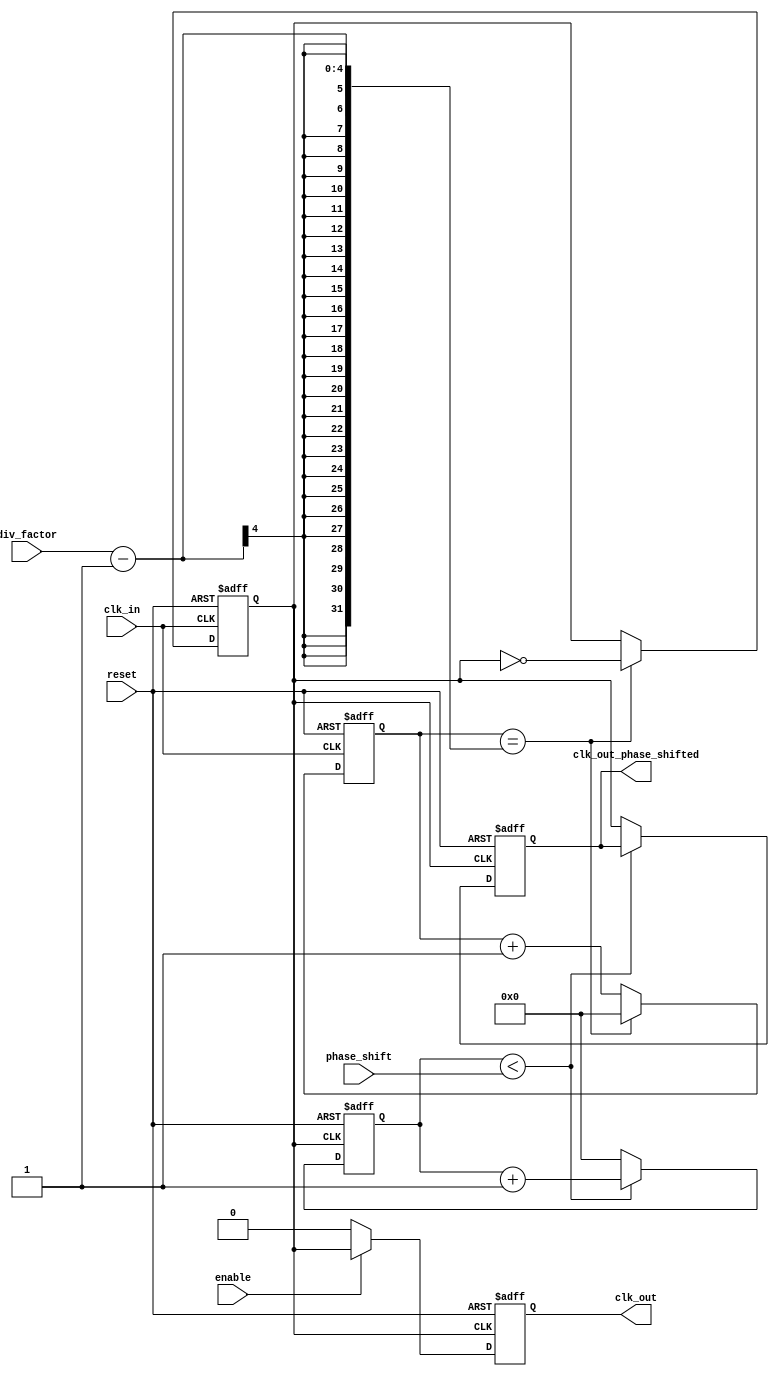
module ProgrammableClockBuffer (
    input wire clk_in,                // Input clock signal
    input wire reset,                 // Asynchronous reset
    input wire [3:0] div_factor,      // Division factor for clock division (1 to 15)
    input wire [3:0] phase_shift,     // Phase shift control (0 to 15)
    input wire enable,                // Enable signal for output
    output reg clk_out,               // Output clock signal
    output reg clk_out_phase_shifted  // Phase shifted output clock
);

    reg [3:0] counter;                // Counter for clock division
    reg clk_div;                      // Divided clock signal
    reg [3:0] phase_counter;          // Counter for phase shifting

    // Clock Division Logic
    always @(posedge clk_in or posedge reset) begin
        if (reset) begin
            counter <= 0;
            clk_div <= 0;
        end else begin
            if (counter == (div_factor - 1)) begin
                clk_div <= ~clk_div;     // Toggle divided clock
                counter <= 0;            // Reset counter
            end else begin
                counter <= counter + 1;  // Increment counter
            end
        end
    end

    // Output Clock Generation with Enable
    always @(posedge clk_div or posedge reset) begin
        if (reset) begin
            clk_out <= 0;
        end else if (enable) begin
            clk_out <= clk_div;          // Output the divided clock
        end else begin
            clk_out <= 0;                // Disable output clock
        end
    end

    // Phase Shifter Logic
    always @(posedge clk_div or posedge reset) begin
        if (reset) begin
            phase_counter <= 0;
            clk_out_phase_shifted <= 0;
        end else begin
            if (phase_counter < phase_shift) begin
                phase_counter <= phase_counter + 1; // Increment phase counter
            end else begin
                clk_out_phase_shifted <= clk_div;    // Output the phase shifted clock
                phase_counter <= 0;                   // Reset phase counter
            end
        end
    end

endmodule